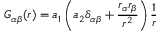
G _ { \alpha \beta } ( r ) = a _ { 1 } \left( a _ { 2 } \delta _ { \alpha \beta } + \frac { r _ { \alpha } r _ { \beta } } { r ^ { 2 } } \right) \frac { 1 } { r }